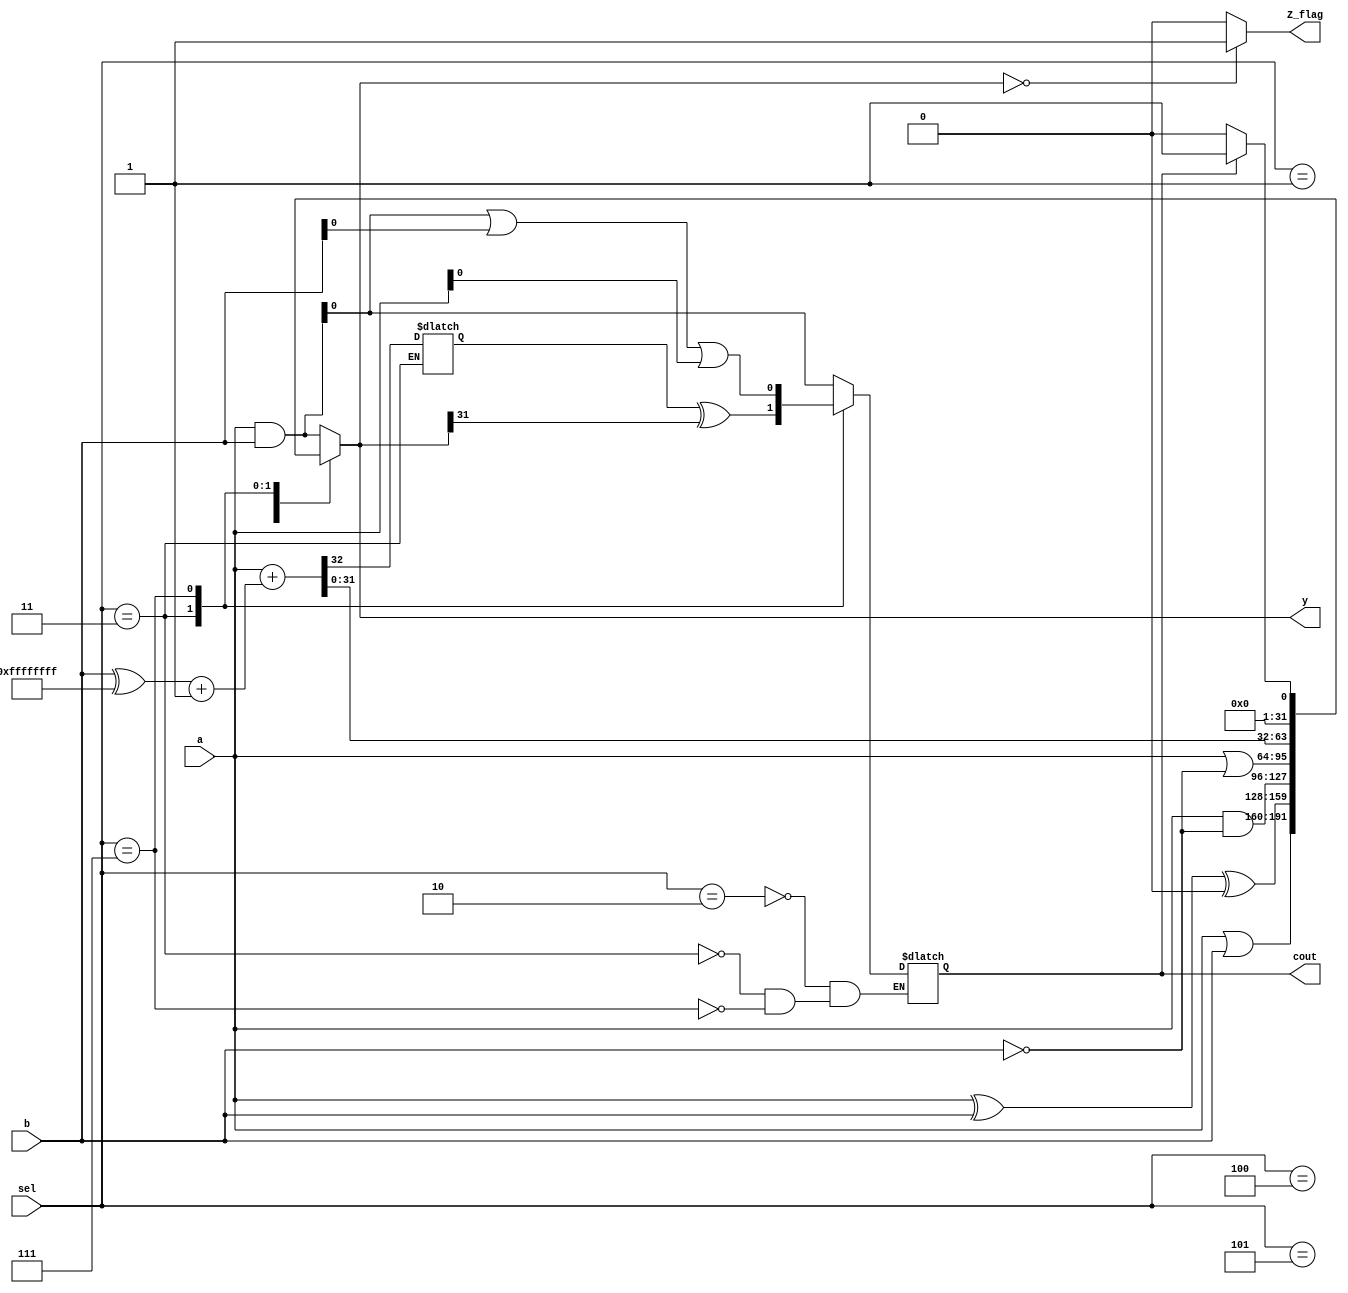
module ALU_with_Zero ( a, b, sel, cout, y, Z_flag);

	parameter N = 32;
	input [(N-1):0] a, b;
	input [2:0] sel;
	output reg cout;
	output reg [(N-1):0] y;
	output reg Z_flag;
	wire add_in = 1'b0;
	wire sub_in = 1'b1;
	reg car;

	always @(*)
	begin
		case(sel)
			3'b000: // And logic
				y <= (a & b);
			3'b001: // Or logic
				y <= (a | b);
			3'b010: // Addition
				begin
					y <= a ^ b ^ add_in;
					cout <= (a & b) | (add_in & (a ^ b));
				end
			3'b100: // A & ~B
				y <= a & ~b;
			3'b101: // A | ~B
				y <= a | ~b;
			3'b011: // Subtraction
				begin
					{car, y} <= a + ((b ^ {N{sub_in}}) + sub_in);
					cout <= car ^ y[(N-1)];
				end
			3'b111: // Set less than
				begin
					cout <= (a & b) | (b & sub_in) | (a & sub_in);
					if (cout == 1'b1)
						y <= 1'b1;
					else
						y <= 1'b0;
				end
			default: 
				y <= a & b;
		endcase

		// Check if final output is empty
		begin
			if (y == 32'b0)
				Z_flag <= 1'b1;
			else
				Z_flag <= 1'b0;
		end
	end
	
endmodule